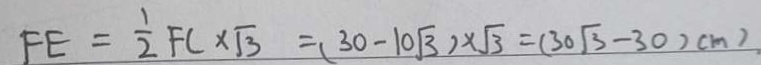
F E = \frac { 1 } { 2 } F C \times \sqrt { 3 } = ( 3 0 - 1 0 \sqrt { 3 } ) \times \sqrt { 3 } = ( 3 0 \sqrt { 3 } - 3 0 ) c m )